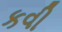
કવી